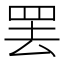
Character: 罢